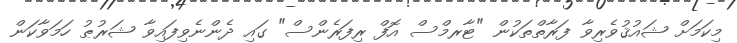
މިކަމަށް ޝައުޤުވެރިވާ ފަރާތްތަކުން "ޓާރމްސް އޮފް ރިފަރެންސް" ގައި ދެންނެވިފައިވާ ޝަރުޠު ހަމަވާކަން